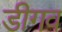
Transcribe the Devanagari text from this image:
डीगव